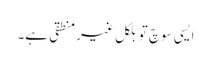
ایسی سوچ تو بلکل غیر منطقی ہے۔